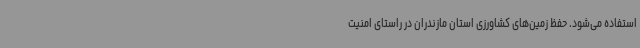
استفاده می‌شود. حفظ زمین‌های کشاورزی استان مازندران در راستای امنیت